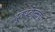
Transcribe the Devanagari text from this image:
दूतघटोत्कच